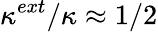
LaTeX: \kappa^{ext}/\kappa\approx 1/2